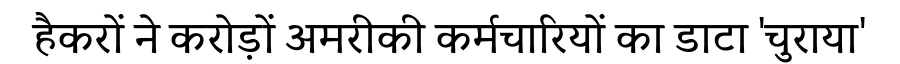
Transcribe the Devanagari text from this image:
हैकरों ने करोड़ों अमरीकी कर्मचारियों का डाटा 'चुराया'